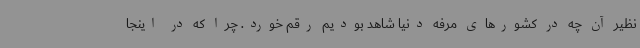
نظیر آن چه در کشورهای مرفه دنیا شاهد بودیم رقم خورد. چرا که در اینجا